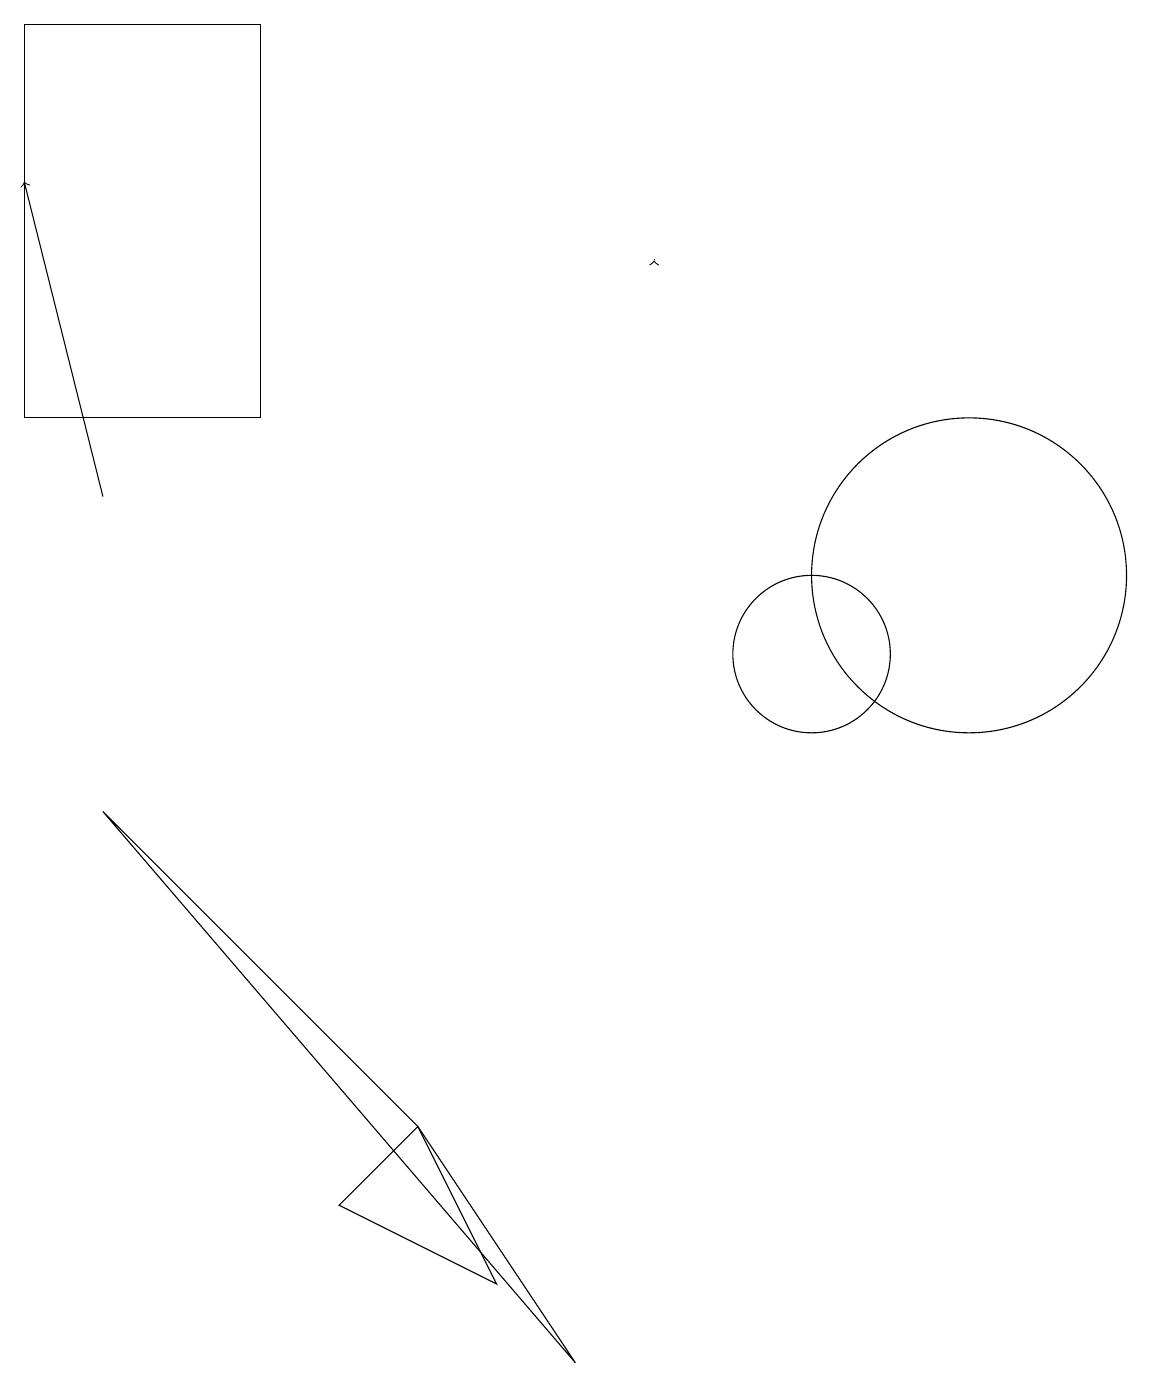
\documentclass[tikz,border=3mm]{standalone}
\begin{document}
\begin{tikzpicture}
\draw (12,12) circle (2);
\draw[->] (1,13) -- (0,17);
\draw[->] (8,16) -- (8,16);
\draw (10,11) circle (1);
\draw (1,9) -- (7,2) -- (5,5) -- cycle;
\draw (3,19) rectangle (0,14);
\draw (6,3) -- (4,4) -- (5,5) -- cycle;
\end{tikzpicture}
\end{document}